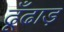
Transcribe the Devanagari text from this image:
ढूँढाड़